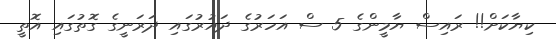
ކިޔާކަށް!! ރައިސް ޔާމީންގެ 5 ސް އަހަރުގެ ދައުރުގައި ދަރަނީގެ ގޮތުގައި އޮތީ